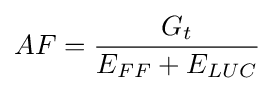
AF={\frac {G_{t}}{E_{FF}+E_{LUC}}}